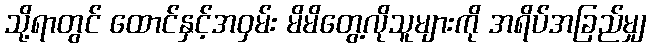
သို့ရာတွင် ထောင်နှင့်အဝှမ်း မိမိတွေ့လိုသူများကို အရိပ်အခြည်မျှ